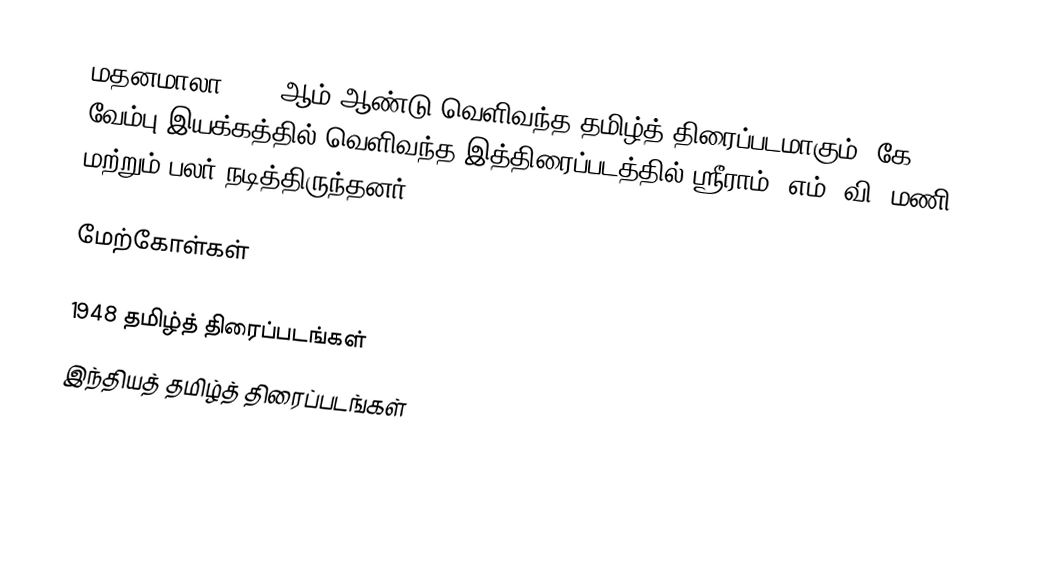
மதனமாலா 1948 ஆம் ஆண்டு வெளிவந்த தமிழ்த் திரைப்படமாகும். கே. வேம்பு இயக்கத்தில் வெளிவந்த இத்திரைப்படத்தில் ஸ்ரீராம், எம். வி. மணி மற்றும் பலர் நடித்திருந்தனர்.

மேற்கோள்கள்

1948 தமிழ்த் திரைப்படங்கள்
இந்தியத் தமிழ்த் திரைப்படங்கள்